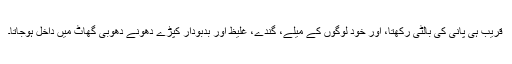
قریب ہی پانی کی بالٹی رکھتا، اور خود لوگوں کے میلے، گندے، غلیظ اور بدبودار کپڑے دھونے دھوبی گھاٹ میں داخل ہوجاتا۔